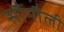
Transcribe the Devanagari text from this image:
सौनौली